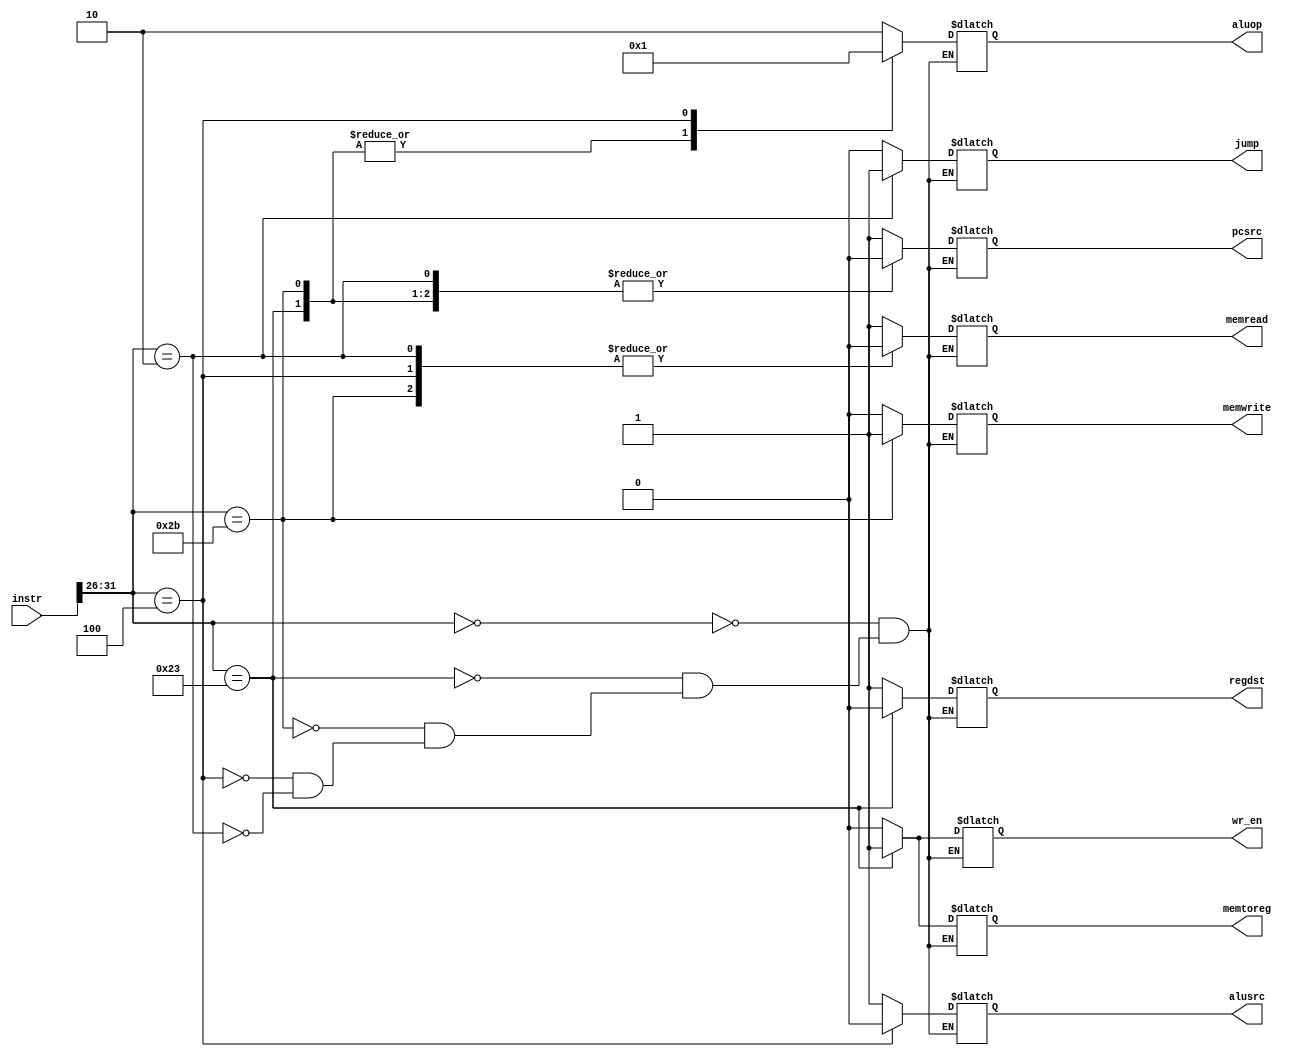
`timescale 1ns / 1ps
//////////////////////////////////////////////////////////////////////////////////
// Company: 
// Engineer: 
// 
// Design Name: 
// Module Name: controller
// Project Name: 
// Target Devices: 
// Tool Versions: 
// Description: 
// 
// Dependencies: 
// 
// Revision:
// Revision 0.01 - File Created
// Additional Comments:
// 
//////////////////////////////////////////////////////////////////////////////////


module controller(wr_en,regdst,pcsrc,aluop,memtoreg,memread,memwrite,alusrc,jump,instr);
output reg wr_en,regdst,memtoreg,memread,memwrite,alusrc,pcsrc,jump;
output reg[1:0]aluop;
input [31:0]instr;

always@(*)
begin
case(instr[31:26])

6'b000000: 
begin//r type
regdst=1;wr_en=0;alusrc=1;memwrite=0;memread=1;memtoreg=0;pcsrc=1;jump=0;aluop[1:0]=2'b10;
end
6'b100011:
begin//i type lw
regdst=0;wr_en=1;alusrc=1;memwrite=0;memread=1;memtoreg=1;pcsrc=0;jump=0;aluop[1:0]=2'b00;
end
6'b101011:
begin//i type sw
regdst=1'bX;wr_en=0;alusrc=1;memwrite=1;memread=0;memtoreg=1'bX;pcsrc=0;jump=0;aluop[1:0]=2'b00;
end
6'b000100:
begin//beq
regdst=1'bX;wr_en=0;alusrc=0;memwrite=0;memread=0;memtoreg=1'bX;pcsrc=1;jump=0;aluop[1:0]=2'b01;
end
6'b000010:
begin//j type
regdst=1'bX;wr_en=0;alusrc=1'bX;memwrite=0;memread=0;memtoreg=1'bX;pcsrc=0;jump=1;aluop[1:0]=2'bXX;
end
endcase
end
endmodule